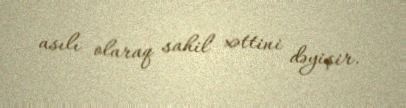
asılı olaraq sahil xəttini dəyişir.